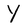
Character: Y